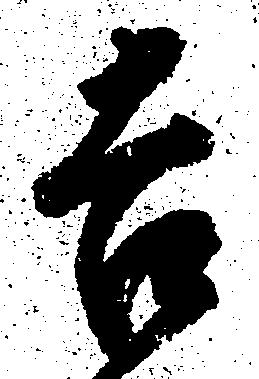
吉